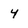
Character: 4